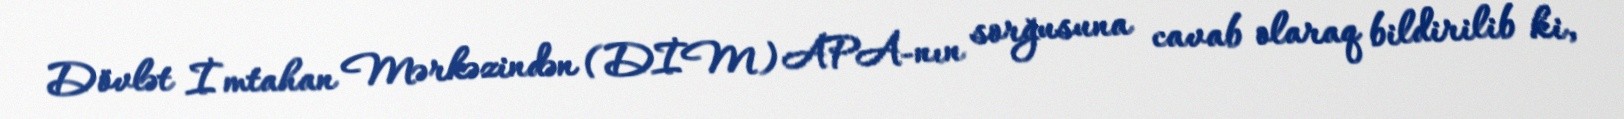
Dövlət İmtahan Mərkəzindən (DİM) APA-nın sorğusuna cavab olaraq bildirilib ki,